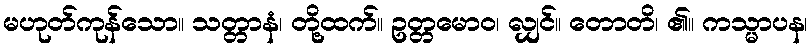
မဟုတ်ကုန်သော။ သတ္တာနံ၊ တို့ထက်။ ဥတ္တမောဝ၊ လျှင်။ တောတိ၊ ၏။ ကသ္မာပန၊